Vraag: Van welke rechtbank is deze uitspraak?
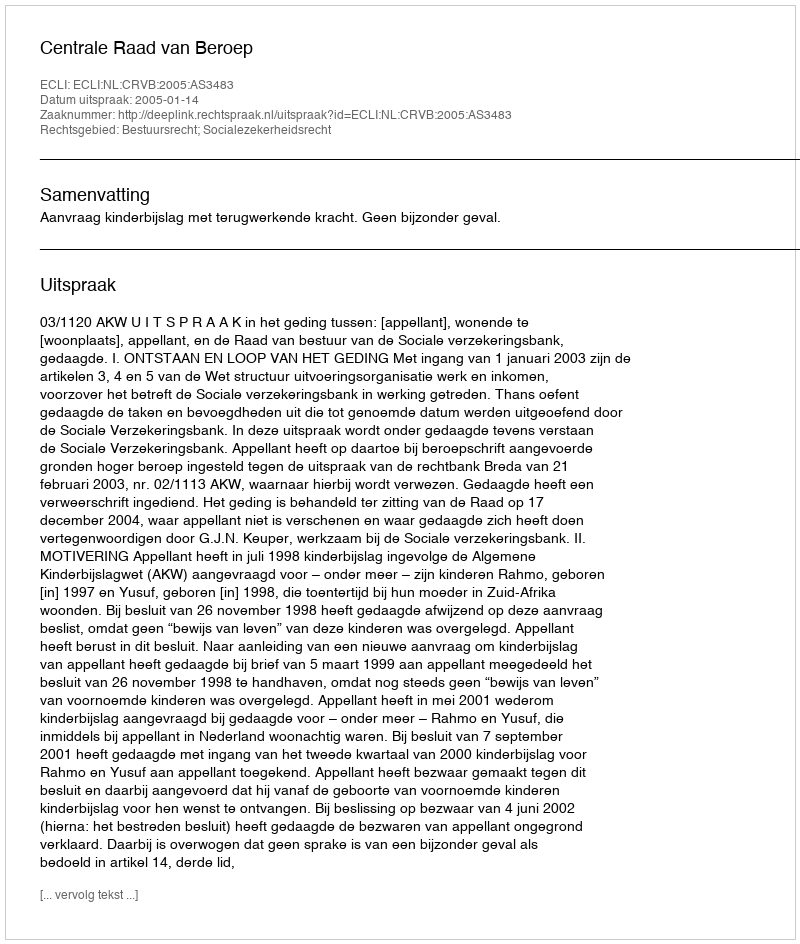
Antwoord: Centrale Raad van Beroep